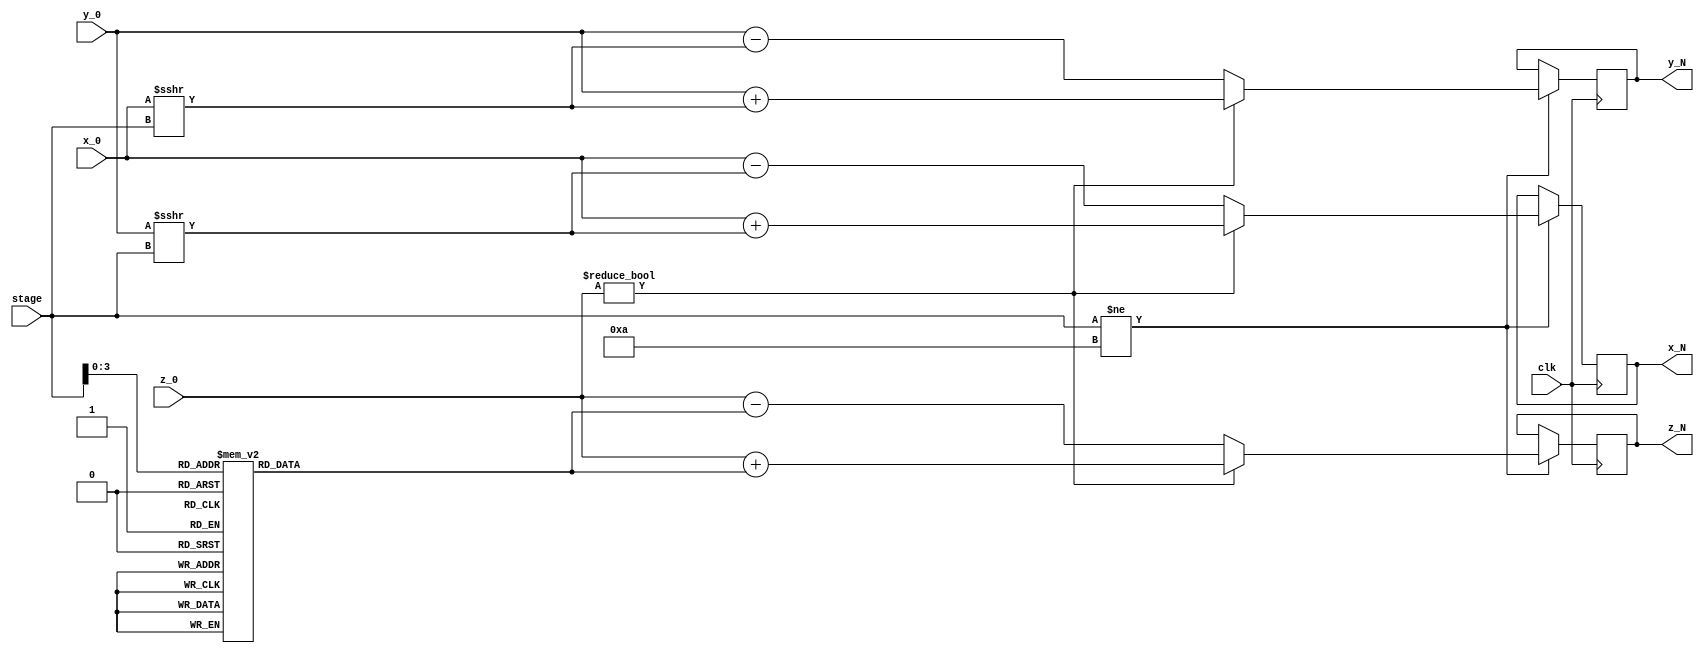
`timescale 1ns / 1ps
//////////////////////////////////////////////////////////////////////////////////
// Company: 
// Engineer: 
// 
// Design Name: 
// Module Name:    CordicMachine 
// Project Name: 
// Target Devices: 
// Tool versions: 
// Description: 
//
// Dependencies: 
//
// Revision: 
// Revision 0.01 - File Created
// Additional Comments: 
//
//////////////////////////////////////////////////////////////////////////////////
module CordicMachine(
	input clk,
	input [12:0] x_0,
	input [12:0] y_0,
	input [12:0] z_0,
	input [31:0] stage,
	output reg [12:0] x_N,
	output reg [12:0] y_N,
	output reg [12:0] z_N
	 
);
	
	reg [12:0] arctan [12:0];
	
	
	initial begin
	arctan[0] = 13'b0101101000000;
	arctan[1] = 13'b0011010100100;
	arctan[2] = 13'b0001110000010;
	arctan[3] = 13'b0000111001000;
	arctan[4] = 13'b0000011100100;
	arctan[5] = 13'b0000001110010;
	arctan[6] = 13'b0000000111001;
	arctan[7] = 13'b0000000011100;
	arctan[8] = 13'b0000000001110;
	arctan[9] = 13'b0000000000111;
	arctan[10] = 13'b0000000000011;
	arctan[11] = 13'b0000000000001;
	arctan[12] = 13'b0000000000000;
	//arctan[13] = 21'b000000_000000;
	//arctan[14] = 21'b000000_000000;
	//arctan[15] = 21'b000000_000000;
	//arctan[16] = 21'b000000_000000;
	//arctan[17] = 21'b000000_000000;
	//arctan[18] = 21'b000000_000000;
	//arctan[19] = 21'b000000_000000;
	//arctan[20] = 21'b000000_000000;
	end
	
	always @(posedge clk) begin
		
		if (stage != 10) begin
			x_N <= z_0 ? x_0 + (y_0 >>> stage) : x_0 - (y_0 >>> stage);
			y_N <= z_0 ? y_0 + (x_0 >>> stage) : y_0 - (x_0 >>> stage);
			z_N <= z_0 ? z_0 + arctan[stage] : z_0 - arctan[stage];
		end
		
		
		
	end

endmodule